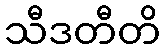
သီဒတီတိ